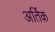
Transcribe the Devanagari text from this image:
अर्तिक